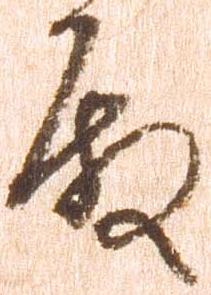
殿